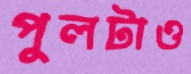
পুলটাও